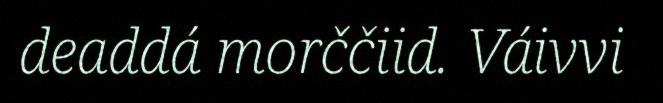
deaddá morččiid. Váivvi